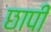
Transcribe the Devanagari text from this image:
छापीं